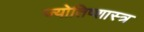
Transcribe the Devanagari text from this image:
ज्योतिष्शास्त्र